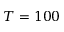
T = 1 0 0